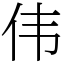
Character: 伟